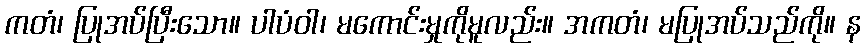
ကတံ၊ ပြုအပ်ပြီးသော။ ပါပံဝါ၊ မကောင်းမှုကိုမူလည်း။ အကတံ၊ မပြုအပ်သည်ကို။ န